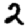
Digit: 2